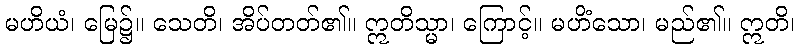
မဟိယံ၊ မြေ၌။ သေတိ၊ အိပ်တတ်၏။ ဣတိသ္မာ၊ ကြောင့်။ မဟိံသော၊ မည်၏။ ဣတိ၊